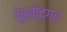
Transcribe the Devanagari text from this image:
मुखोद्गत